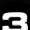
Digit: 3